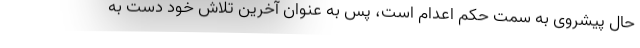
حال پیشروی به سمت حکم اعدام است، پس به عنوان آخرین تلاش خود دست به